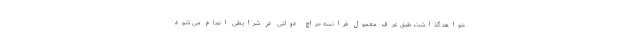
خواهد گذاشت. طبق عرف معمول فرانسه حراج دولتی در شرایطی انجام می شود